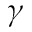
\gamma